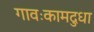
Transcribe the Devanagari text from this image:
गावःकामदुधा